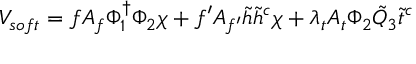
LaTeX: V _ { s o f t } = f A _ { f } \Phi _ { 1 } ^ { \dagger } \Phi _ { 2 } \chi + f ^ { \prime } A _ { f ^ { \prime } } \tilde { h } \tilde { h } ^ { c } \chi + \lambda _ { t } A _ { t } \Phi _ { 2 } { \tilde { Q } } _ { 3 } { \tilde { t } } ^ { c } \,